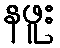
နဖူး